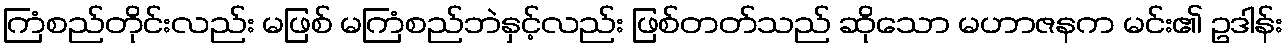
ကြံစည်တိုင်းလည်း မဖြစ် မကြံစည်ဘဲနှင့်လည်း ဖြစ်တတ်သည် ဆိုသော မဟာဇနက မင်း၏ ဥဒါန်း